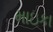
માઇકા